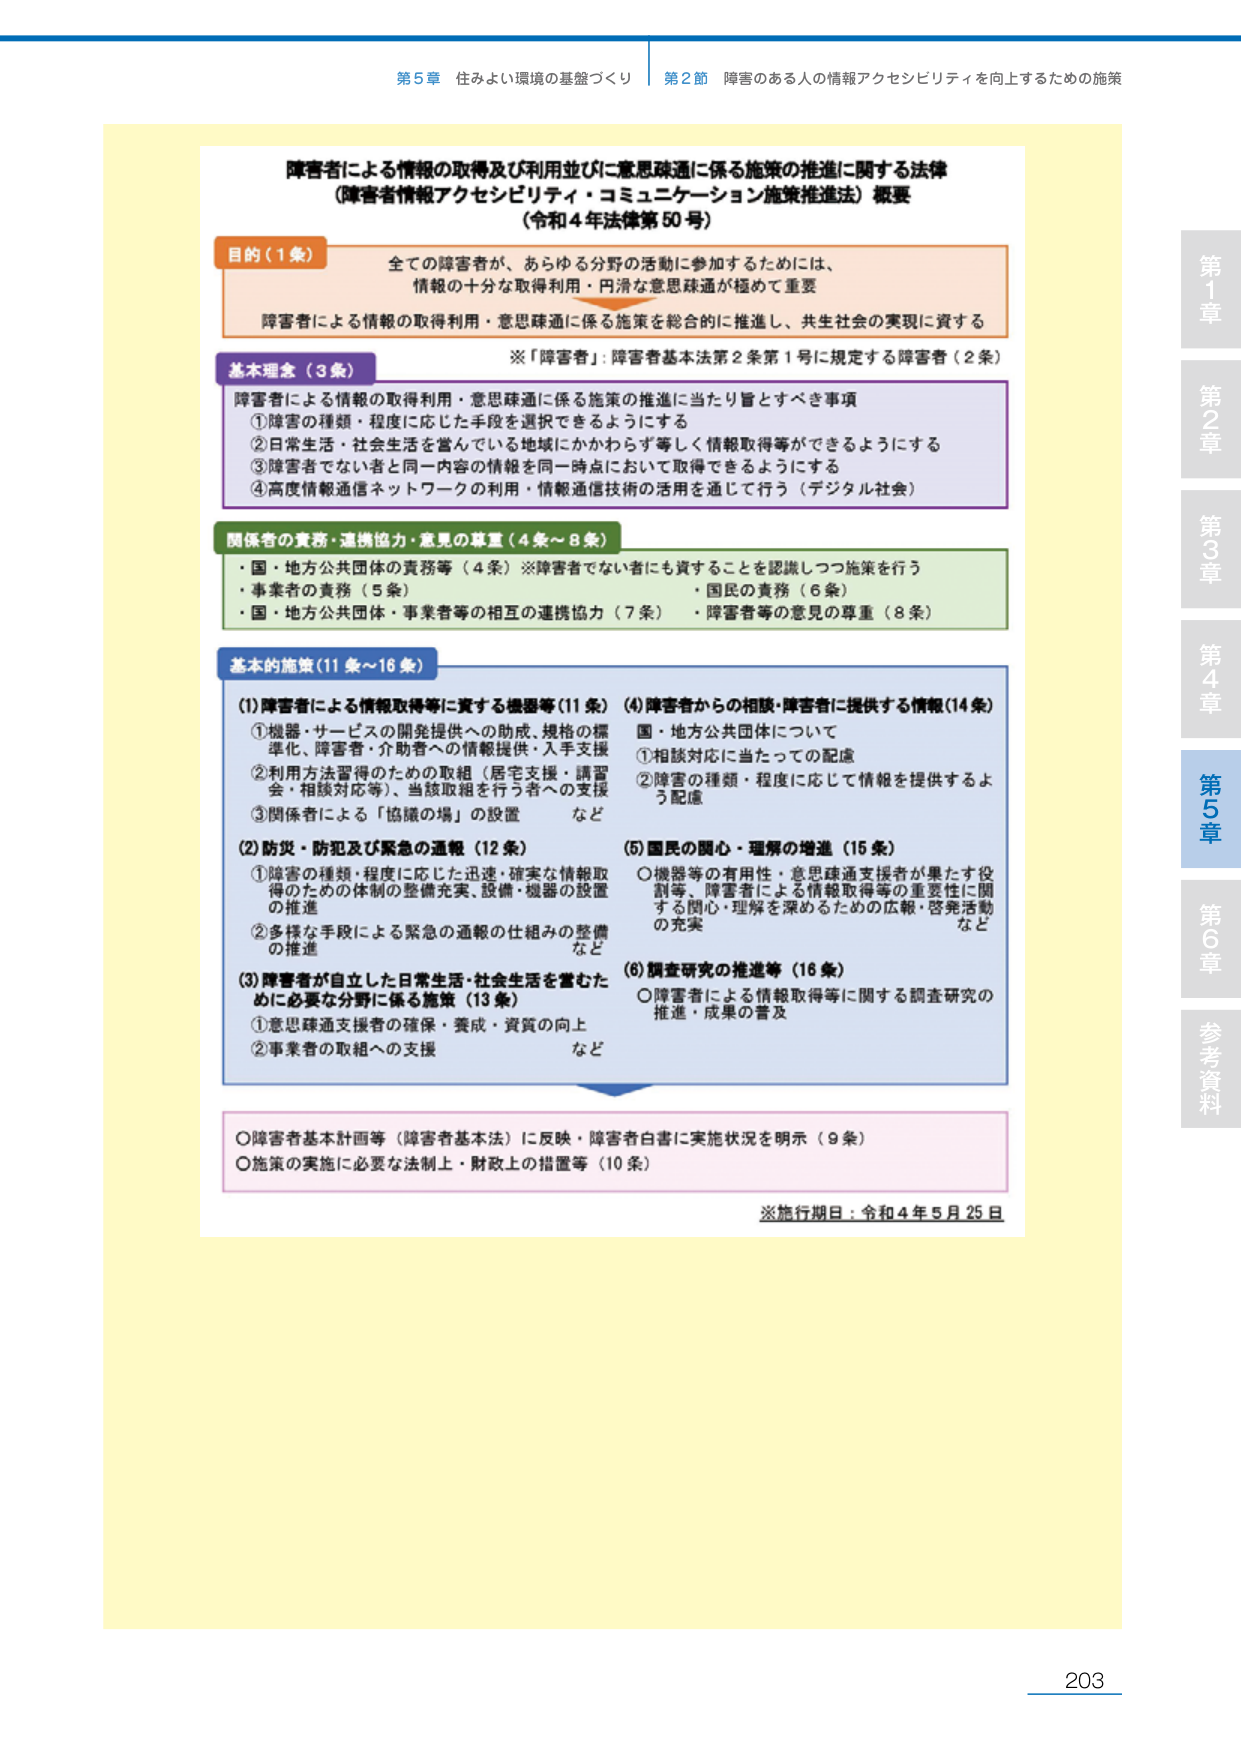
第5章 住みよい環境の基盤づくり 第2節 障害のある人の情報アクセシビリティを向上するための施策

障害者による情報の取得及び利用並びに意思疎通に係る施策の推進に関する法律
（障害者情報アクセシビリティ・コミュニケーション施策推進法）概要
（令和4年法律第50号）

目的（1条）
全ての障害者が、あらゆる分野の活動に参加するためには、
情報の十分な取得利用・円滑な意思疎通が極めて重要
障害者による情報の取得利用・意思疎通に係る施策を総合的に推進し、共生社会の実現に資する

※「障害者」：障害者基本法第2条第1号に規定する障害者（2条）

基本理念（3条）
障害者による情報の取得利用・意思疎通に係る施策の推進に当たり旨とすべき事項
①障害の種類・程度に応じた手段を選択できるようにする
②日常生活・社会生活を営んでいる地域にかかわらず等しく情報取得等ができるようにする
③障害者でない者と同一内容の情報を同一時点において取得できるようにする
④高度情報通信ネットワークの利用・情報通信技術の活用を通じて行う（デジタル社会）

関係者の責務・連携協力・意見の尊重（4条～8条）
・国・地方公共団体の責務等（4条）※障害者でない者にも資することを認識しつつ施策を行う
・事業者の責務（5条）　　　　　　　　　　　・国民の責務（6条）
・国・地方公共団体・事業者等の相互の連携協力（7条）・障害者等の意見の尊重（8条）

基本的施策（11条～16条）
(1)障害者による情報取得等に資する機器等（11条）
①機器・サービスの開発提供への助成、規格の標準化、障害者・介助者への情報提供・入手支援
②利用方法習得のための取組（居宅支援・講習会・相談対応等）、当該取組を行う者への支援
③関係者による「協議の場」の設置　など

(2)防災・防犯及び緊急の通報（12条）
①障害の種類・程度に応じた迅速・確実な情報取得のための体制の整備充実、設備・機器の設置の推進
②多様な手段による緊急の通報の仕組みの整備の推進　など

(3)障害者が自立した日常生活・社会生活を営むために必要な分野に係る施策（13条）
①意思疎通支援者の確保・養成・資質の向上
②事業者の取組への支援　など

(4)障害者からの相談・障害者に提供する情報（14条）
国・地方公共団体について
①相談対応に当たっての配慮
②障害の種類・程度に応じて情報を提供するよう配慮

(5)国民の関心・理解の増進（15条）
○機器等の有用性・意思疎通支援者が果たす役割等、障害者による情報取得等の重要性に関する関心・理解を深めるための広報・啓発活動の充実　など

(6)調査研究の推進等（16条）
○障害者による情報取得等に関する調査研究の推進・成果の普及

○障害者基本計画等（障害者基本法）に反映・障害者白書に実施状況を明示（9条）
○施策の実施に必要な法制上・財政上の措置等（10条）

※施行期日：令和4年5月25日

第1章
第2章
第3章
第4章
第5章
第6章
参考資料

203